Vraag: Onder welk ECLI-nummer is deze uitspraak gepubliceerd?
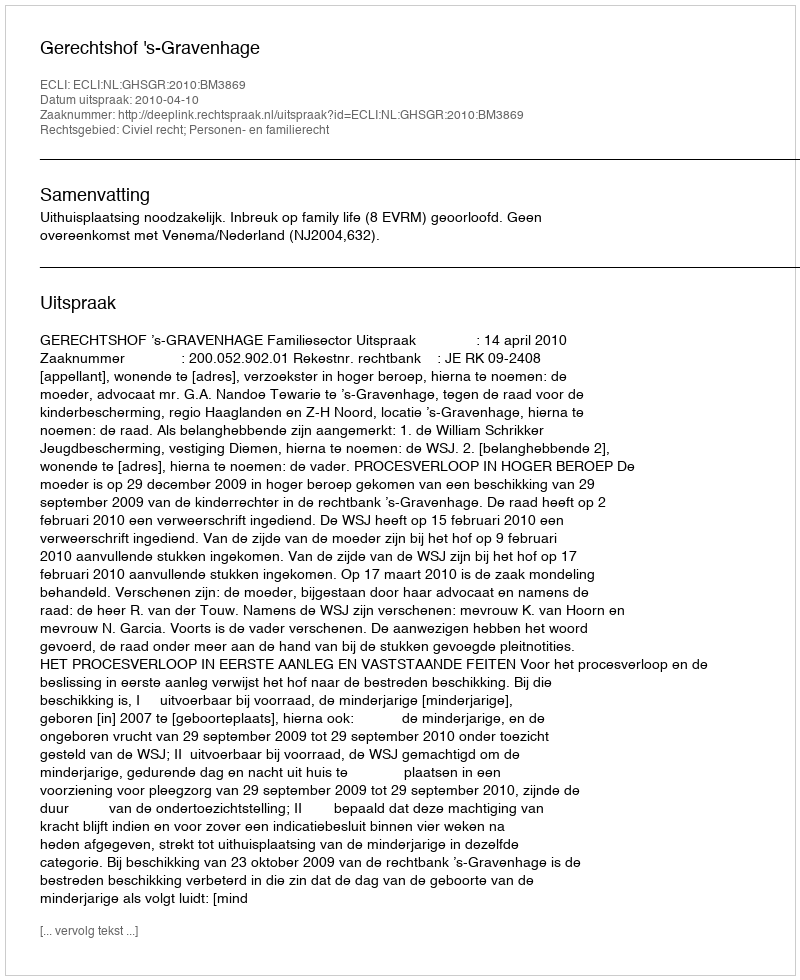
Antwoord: ECLI:NL:GHSGR:2010:BM3869